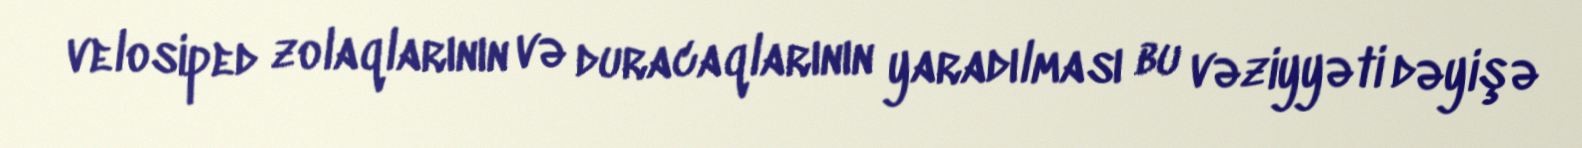
velosiped zolaqlarının və duracaqlarının yaradılması bu vəziyyəti dəyişə